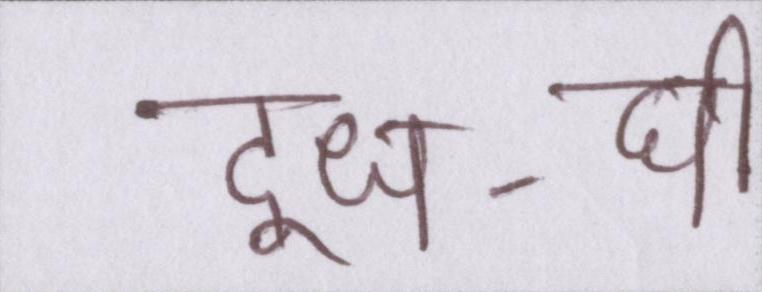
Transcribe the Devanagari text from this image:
दूध-घी